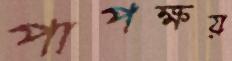
পাপক্ষয়